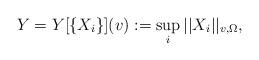
LaTeX: \begin{align*} Y = Y[\{X_i\}](v) := \sup_i ||X_i||_{v,\Omega},\end{align*}